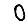
Digit: 0